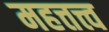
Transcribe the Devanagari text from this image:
महत्तत्त्व